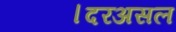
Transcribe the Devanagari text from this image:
।दरअसल